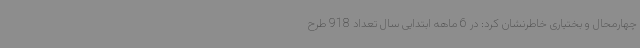
چهارمحال و بختیاری خاطرنشان کرد: در 6 ماهه ابتدایی سال تعداد 918 طرح